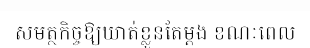
សមត្ថកិច្ចឱ្យឃាត់ខ្លួនតែម្តង ខណៈពេល